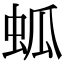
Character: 蛌